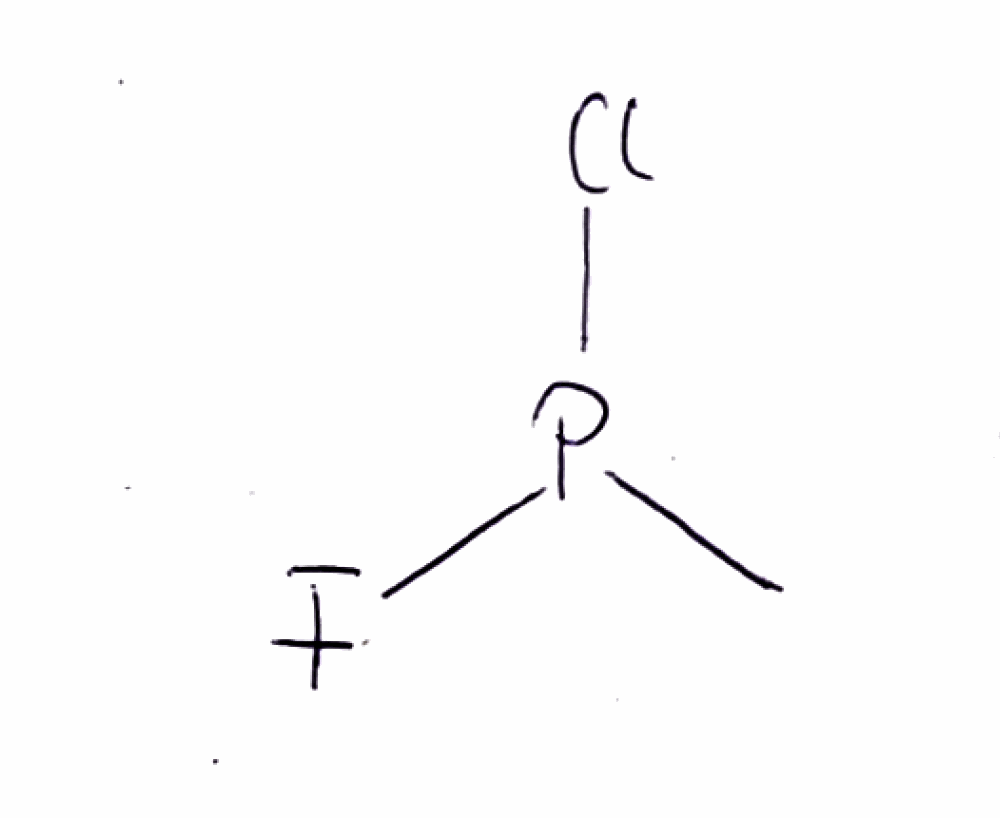
Simplified molecular-input line-entry system (SMILES) notation of the given molecule:
CP(F)Cl